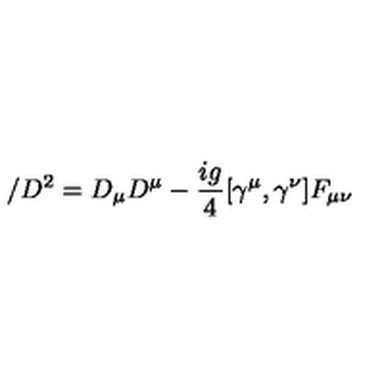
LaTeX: \slash { D } ^ { 2 } = D _ { \mu } D ^ { \mu } - \frac { i g } { 4 } [ \gamma ^ { \mu } , \gamma ^ { \nu } ] F _ { \mu \nu }